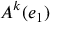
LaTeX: A ^ { k } ( e _ { 1 } )